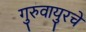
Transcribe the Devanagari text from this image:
गुरुवायुरचे